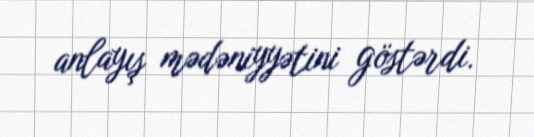
anlayış mədəniyyətini göstərdi.